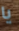
يا